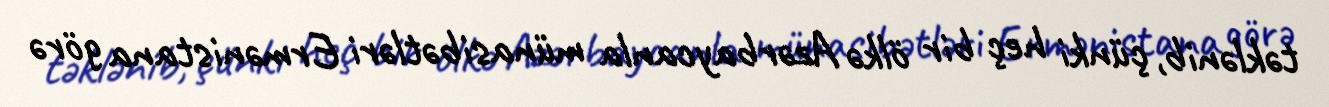
təklənib, çünki heç bir ölkə Azərbaycanla münasibətləri Ermənistana görə